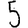
Digit: 5